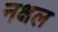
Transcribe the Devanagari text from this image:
नक्षल